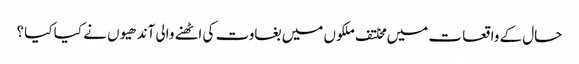
حال کے واقعا ت میں مخلتف ملکوں میں بغاوت کی اٹھنے والی آندھیوں نے کیا کیا ؟